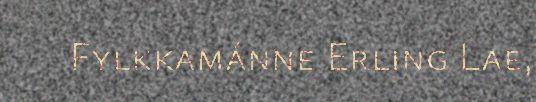
Fylkkamánne Erling Lae,